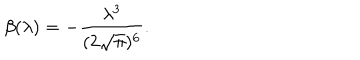
LaTeX: \beta ( \lambda ) = - \frac { \lambda ^ { 3 } } { ( 2 \sqrt { \pi } ) ^ { 6 } } .